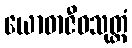
ယောဓာဇီဝသုတ္တံ